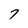
Character: 7